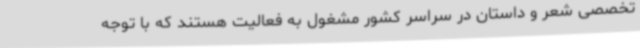
تخصصی شعر و داستان در سراسر کشور مشغول به فعالیت هستند که با توجه